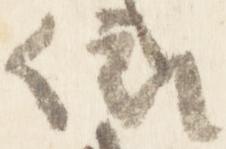
依